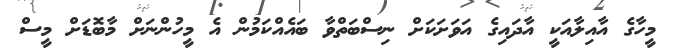
މީހާގެ އާއިލާއަކީ އާދައިގެ އަވަށަކަށް ނިސްބަތްވާ ބައެއްކަމުން އެ މީހުންނަށް މާބޮޑަށް މީސް